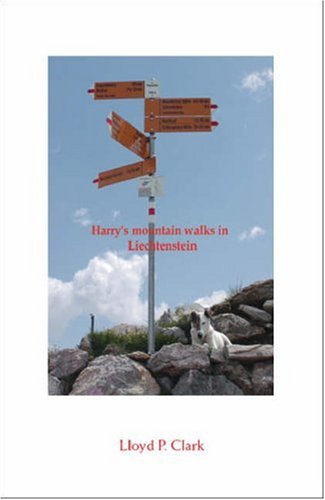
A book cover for Harry's Mountain Walks in Liechtenstein; Lloyd P. Clark; Travel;